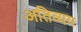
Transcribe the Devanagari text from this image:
अतिव्यय